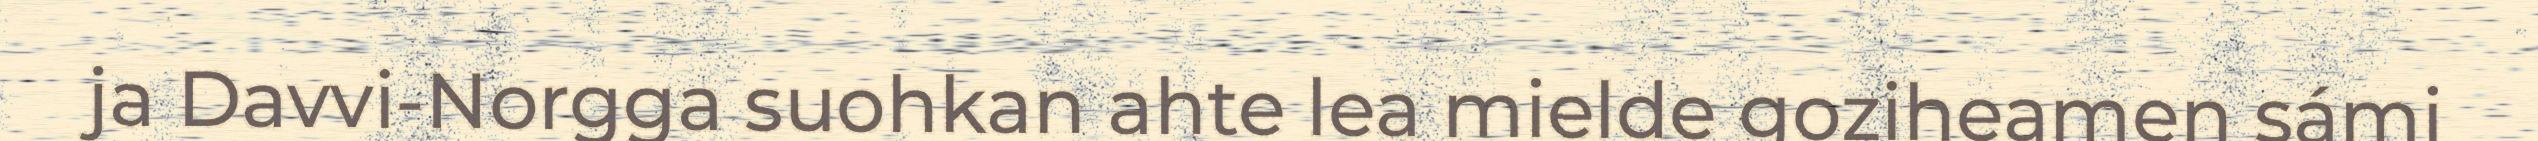
ja Davvi-Norgga suohkan ahte lea mielde goziheamen sámi